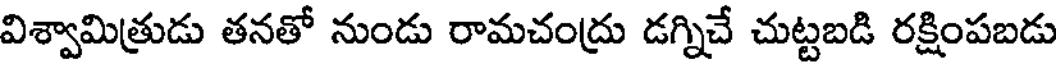
విశ్వామిత్రుడు తనతో నుండు రామచంద్రు డగ్నిచే చుట్టబడి రక్షింపబడు